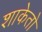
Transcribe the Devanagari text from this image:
शाकेतो